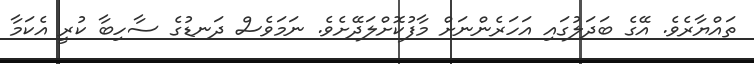
ތައްޔާރެވެ. އޭގެ ބަދަލުގައި އަހަރެންނަށް މާފުކޮށްލަދޭށެވެ. ނަމަވެސް ދަނޑުގެ ސާހިބާ ކުރީ އެކަމާ